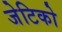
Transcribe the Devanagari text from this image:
जेटिको